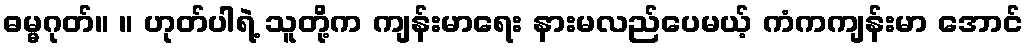
ဓမ္မဂုတ်။ ။ ဟုတ်ပါရဲ့ သူတို့က ကျန်းမာရေး နားမလည်ပေမယ့် ကံကကျန်းမာ အောင်